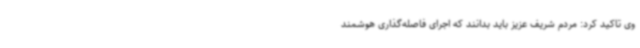
وی تاکید کرد: مردم شریف عزیز باید بدانند که اجرای فاصله‌گذاری هوشمند